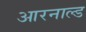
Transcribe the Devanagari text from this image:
आरनाल्ड